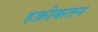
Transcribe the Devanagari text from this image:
हक़ीकतन